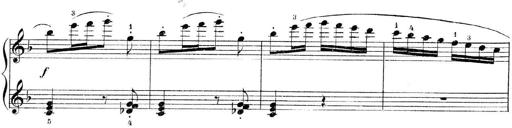
Title: 3 Piano Sonatinas
Composer: Paul Zilcher
Key: C major; G major; F major